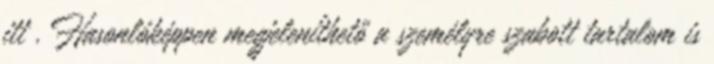
itt . Hasonlóképpen megjeleníthető a személyre szabott tartalom is